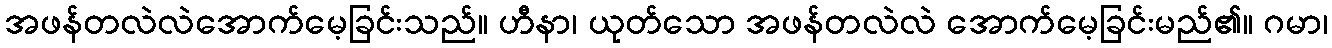
အဖန်တလဲလဲအောက်မေ့ခြင်းသည်။ ဟီနာ၊ ယုတ်သော အဖန်တလဲလဲ အောက်မေ့ခြင်းမည်၏။ ဂမာ၊